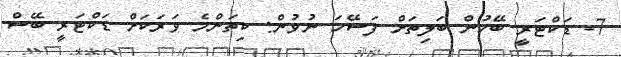
7- ޑަކްޓަރީ ބޭހުން ބަލިތަށް ފަސޭހަ ނުވުން: ކިތަންމެ ވަރަކަށް ޑަކްޓަރީ ބޭސް